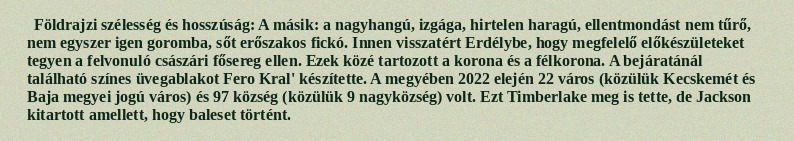
Földrajzi szélesség és hosszúság: A másik: a nagyhangú, izgága, hirtelen haragú, ellentmondást nem tűrő, nem egyszer igen goromba, sőt erőszakos fickó. Innen visszatért Erdélybe, hogy megfelelő előkészületeket tegyen a felvonuló császári fősereg ellen. Ezek közé tartozott a korona és a félkorona. A bejáratánál található színes üvegablakot Fero Kral' készítette. A megyében 2022 elején 22 város (közülük Kecskemét és Baja megyei jogú város) és 97 község (közülük 9 nagyközség) volt. Ezt Timberlake meg is tette, de Jackson kitartott amellett, hogy baleset történt.